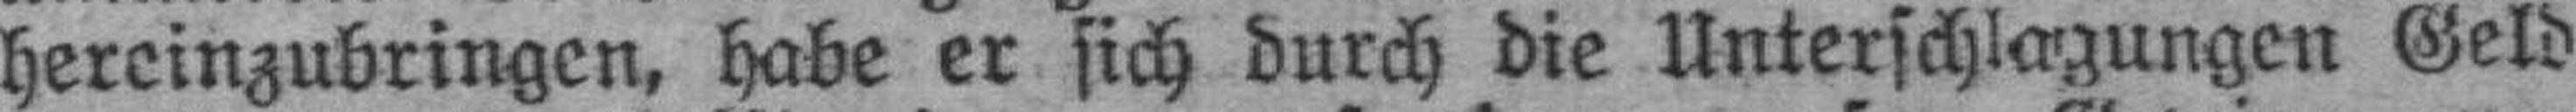
hereinzubringen, habe er sich durch die Unterschlagungen Geld